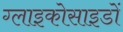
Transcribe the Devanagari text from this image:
ग्लाइकोसाइडों